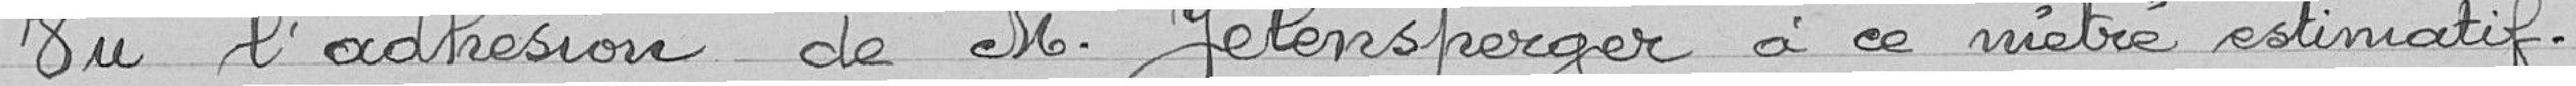
Vu l'adhésion de Monsieur Jalensperger à ce métré estimatif.